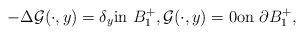
LaTeX: \begin{align*}-\Delta {\cal G}(\cdot,y)=\delta_y\mbox{in $B_1^+$},{\cal G}(\cdot,y)=0\mbox{on $\partial B_1^+$}, \end{align*}